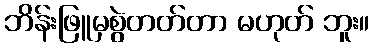
ဘိန်းဖြူမှစွဲတတ်တာ မဟုတ် ဘူး။